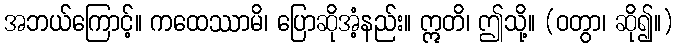
အဘယ်ကြောင့်။ ကထေဿာမိ၊ ပြောဆိုအံ့နည်း။ ဣတိ၊ ဤသို့။ (ဝတွာ၊ ဆို၍။)